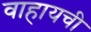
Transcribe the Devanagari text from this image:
वाहायची